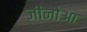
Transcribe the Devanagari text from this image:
जीनोआ